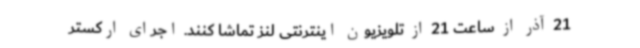
21 آذر از ساعت 21 از تلویزیون اینترنتی لنز تماشا کنند. اجرای ارکستر